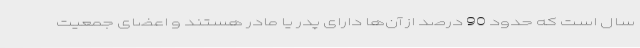
سال است که حدود 90 درصد از آن‌ها دارای پدر یا مادر هستند و اعضای جمعیت